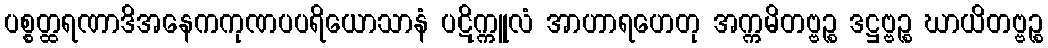
ပစ္စတ္ထရဏာဒိအနေကကုဏပပရိယောသာနံ ပဋိက္ကူလံ အာဟာရဟေတု အက္ကမိတဗ္ဗဉ္စ ဒဋ္ဌဗ္ဗဉ္စ ဃာယိတဗ္ဗဉ္စ